Sanitation, dispensaries and jails vaccination Rajputana 1922-1927 - 1922-1927
Year: 1922
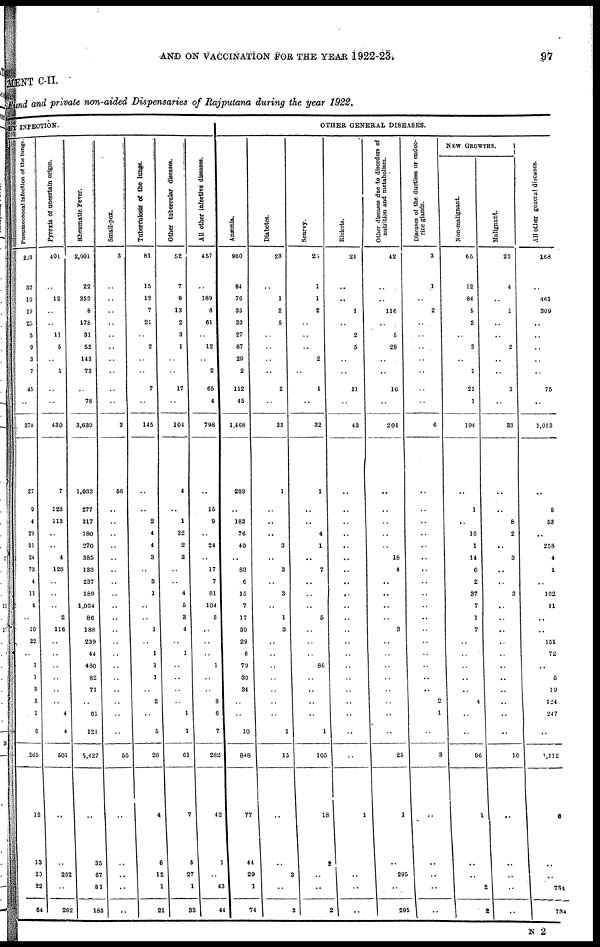
AND ON VACCINATION FOR THE YEAR 1922-23.
97
MENT C-II.
Fund and private non-aided Dispensaries of Rajputana during the year 1922.
BY INFECTION.
Pneumococcal Infection of the lungs.
223
32
10
19
25
5
9
3
7
45
..
378
27
9
4
29
31
24
73
4
11
6
..
10
22
..
1
1
3
3
1
6
265
12
13
20
22
64
Pyrexia of uncertain origin.
401
..
12
..
..
11
5
..
1
..
..
430
7
123
113
..
..
4
128
..
..
..
2
116
..
..
..
..
..
..
4
4
501
..
..
262
..
262
Rheumatic Fever.
2,901
22
353
8
178
31
52
143
73
..
78
3,639
1,033
277
317
180
270
385
133
237
189
1,034
86
188
239
44
480
82
71
..
61
121
5,427
..
35
67
81
183
Small-pox.
3
..
..
..
..
..
..
..
..
..
..
3
56
..
..
..
..
..
..
..
..
..
..
..
..
..
..
..
..
..
..
..
56
..
..
..
..
..
Tuberculosis
of the lungs.
81
15
12
7
21
..
2
..
..
7
..
145
..
..
2
4
4
3
..
3
1
..
..
1
..
1
1
1
..
2
..
5
28
4
8
12
1
21
Other tubercular diseases.
52
7
9
13
2
3
1
..
..
17
..
104
4
..
1
32
2
3
..
..
4
5
3
4
..
1
..
..
..
..
1
1
61
7
5
27
1
33
All other infective diseases.
457
..
189
8
61
..
12
..
2
65
4
798
..
15
9
..
24
..
17
7
81
104
3
..
..
..
1
..
..
8
6
7
282
42
1
..
43
44
OTHER GENERAL DISEASES.
Anæmia.
960
84
76
33
33
27
67
29
2
112
45
1,468
203
..
183
76
40
..
83
6
15
7
17
30
29
6
79
30
34
..
..
10
848
77
44
29
1
74
Diabetes.
23
..
1
2
5
..
..
..
..
2
..
33
1
..
..
..
3
..
3
..
3
..
1
3
..
..
..
..
..
..
..
1
15
..
..
3
..
3
Scurvy.
25
1
1
2
..
..
..
2
..
1
..
32
1
..
..
4
1
..
7
..
..
..
5
..
..
..
86
..
..
..
..
1
105
18
2
..
..
2
Rickets.
24
..
..
1
..
2
5
..
..
11
..
43
..
..
..
..
..
..
..
..
..
..
..
..
..
..
..
..
..
..
..
..
..
1
..
..
..
..
Other diseases due to disorders of
nutrition and metabolism.
42
..
..
116
..
5
28
..
..
10
..
201
..
..
..
..
..
18
4
..
..
..
..
3
..
..
..
..
..
..
..
..
25
1
..
295
..
295
Diseases of the ductless or endoc-
rine glands.
3
1
..
2
..
..
..
..
..
..
..
6
..
..
..
..
..
..
..
..
..
..
..
..
..
..
..
..
..
2
1
..
3
..
..
..
..
..
NEW GROWTHS.
Non-malignant.
65
12
84
5
2
..
3
..
1
21
1
194
..
1
..
16
1
14
6
2
37
7
1
7
..
..
..
..
..
4
..
..
96
1
..
..
2
2
Malignant.
23
4
..
1
..
..
2
..
..
3
..
33
..
..
8
2
..
3
..
..
3
..
..
..
..
..
..
..
..
..
..
..
16
..
..
..
..
..
All other general diseases.
168
..
461
309
..
..
..
..
..
75
..
1,013
..
5
53
..
258
4
1
..
162
11
..
..
151
72
..
5
19
124
247
..
1,112
6
..
..
734
784
N 2